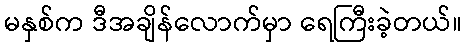
မနှစ်က ဒီအချိန်လောက်မှာ ရေကြီးခဲ့တယ်။